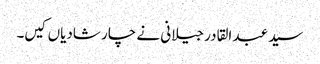
سید عبد القادر جیلانی نے چار شادیاں کیں۔